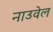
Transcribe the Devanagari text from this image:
नाउवेल